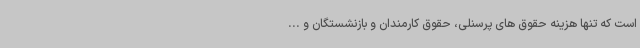
است که تنها هزینه حقوق های پرسنلی، حقوق کارمندان و بازنشستگان و ...